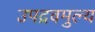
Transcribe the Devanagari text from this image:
उपद्रवमुल्य